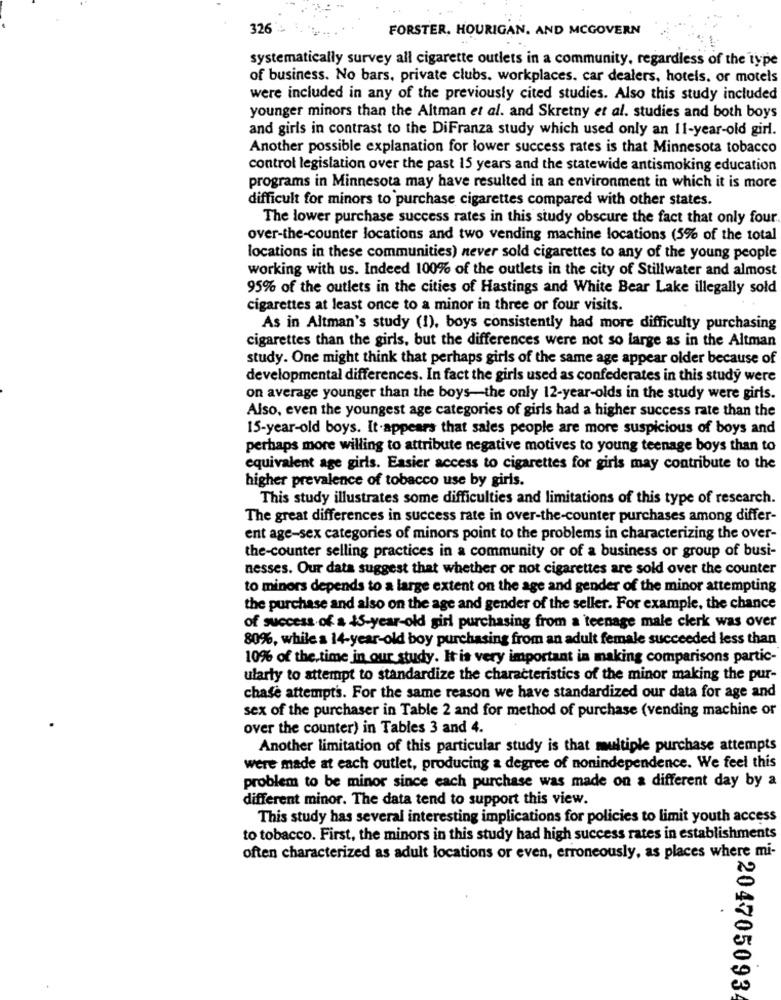
326
FORSTER. HOURIGAN. AND MCGOVERN
systematically survey all cigarette outlets in a community, regardless of the type
of business. No bars, private clubs. workplaces. car dealers, hotels. or motels
were included in any of the previously cited studies. Also this study included
younger minors than the Altman et al. and Skretny et al. studies and both boys
and girls in contrast to the DiFranza study which used only an 11-year-old girl.
Another possible explanation for lower success rates is that Minnesota tobacco
control legislation over the past 15 years and the statewide antismoking education
programs in Minnesota may have resulted in an environment in which it is more
difficult for minors to purchase cigarettes compared with other states.
The lower purchase success rates in this study obscure the fact that only four
over-the-counter locations and two vending machine locations (5% of the total
locations in these communities) never sold cigarettes to any of the young people
working with us. Indeed 100% of the outlets in the city of Stillwater and almost
95% of the outlets in the cities of Hastings and White Bear Lake illegally sold
cigarettes at least once to a minor in three or four visits.
As in Altman's study (1), boys consistently had more difficulty purchasing
cigarettes than the girls, but the differences were not so large as in the Altman
study. One might think that perhaps girls of the same age appear older because of
developmental differences. In fact the girls used as confederates in this study were
on average younger than the boys-the only 12-year-olds in the study were girls.
Also, even the youngest age categories of girls had a higher success rate than the
15-year-old boys. It appears that sales people are more suspicious of boys and
perhaps more willing to attribute negative motives to young teenage boys than to
equivalent age girls. Easier access to cigarettes for girls may contribute to the
higher prevalence of tobacco use by girls.
This study illustrates some difficulties and limitations of this type of research.
The great differences in success rate in over-the-counter purchases among differ-
ent age-sex categories of minors point to the problems in characterizing the over-
the-counter selling practices in a community or of a business or group of busi-
nesses. Our data suggest that whether or not cigarettes are sold over the counter
to minors depends to a large extent on the age and gender of the minor attempting
the purchase and also on the age and gender of the seller. For example, the chance
of success of a 45-year-old girl purchasing from a teenage male clerk was over
80%, while a 14-year-old boy purchasing from an adult female succeeded less than
10% of the time in our study. It is very important in making comparisons partic-
ularly to attempt to standardize the characteristics of the minor making the pur-
chase attempts. For the same reason we have standardized our data for age and
sex of the purchaser in Table 2 and for method of purchase (vending machine or
over the counter) in Tables 3 and 4.
Another limitation of this particular study is that multiple purchase attempts
were made at each outlet, producing a degree of nonindependence. We feel this
problem to be minor since each purchase was made on a different day by a
different minor. The data tend to support this view.
This study has several interesting implications for policies to limit youth access
to tobacco. First, the minors in this study had high success rates in establishments
often characterized as adult locations or even, erroneously, as places where mi-
204705093